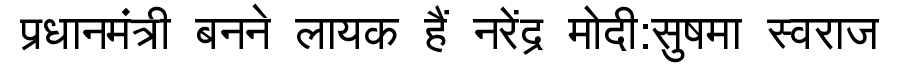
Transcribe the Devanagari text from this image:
प्रधानमंत्री बनने लायक हैं नरेंद्र मोदी:सुषमा स्वराज